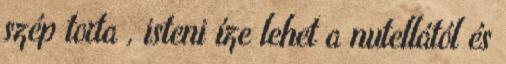
szép torta , isteni íze lehet a nutellától és